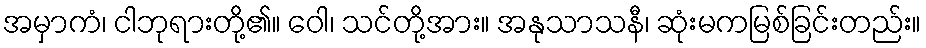
အမှာကံ၊ ငါဘုရားတို့၏။ ဝေါ၊ သင်တို့အား။ အနုသာသနီ၊ ဆုံးမကမြစ်ခြင်းတည်း။